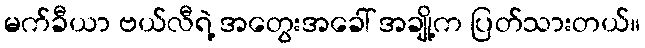
မက်ခီယာ ဗယ်လီရဲ့ အတွေးအခေါ် အချို့က ပြတ်သားတယ်။